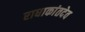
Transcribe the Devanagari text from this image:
राधाकांतदेव